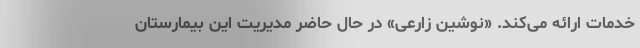
خدمات ارائه می‌کند. «نوشین زارعی» در حال حاضر مدیریت این بیمارستان